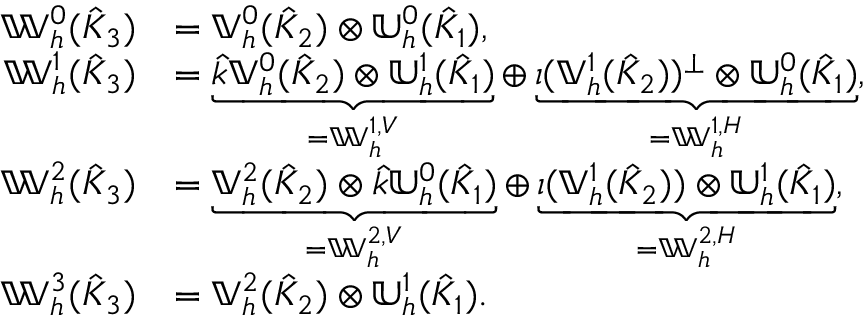
\begin{array} { r l } { \mathbb { W } _ { h } ^ { 0 } ( \hat { K } _ { 3 } ) } & { = \mathbb { V } _ { h } ^ { 0 } ( \hat { K } _ { 2 } ) \otimes \mathbb { U } _ { h } ^ { 0 } ( \hat { K } _ { 1 } ) , } \\ { \mathbb { W } _ { h } ^ { 1 } ( \hat { K } _ { 3 } ) } & { = \underbrace { \hat { k } \mathbb { V } _ { h } ^ { 0 } ( \hat { K } _ { 2 } ) \otimes \mathbb { U } _ { h } ^ { 1 } ( \hat { K } _ { 1 } ) } _ { = \mathbb { W } _ { h } ^ { 1 , V } } \oplus \underbrace { \iota ( \mathbb { V } _ { h } ^ { 1 } ( \hat { K } _ { 2 } ) ) ^ { \perp } \otimes \mathbb { U } _ { h } ^ { 0 } ( \hat { K } _ { 1 } ) } _ { = \mathbb { W } _ { h } ^ { 1 , H } } , } \\ { \mathbb { W } _ { h } ^ { 2 } ( \hat { K } _ { 3 } ) } & { = \underbrace { \mathbb { V } _ { h } ^ { 2 } ( \hat { K } _ { 2 } ) \otimes \hat { k } \mathbb { U } _ { h } ^ { 0 } ( \hat { K } _ { 1 } ) } _ { = \mathbb { W } _ { h } ^ { 2 , V } } \oplus \underbrace { \iota ( \mathbb { V } _ { h } ^ { 1 } ( \hat { K } _ { 2 } ) ) \otimes \mathbb { U } _ { h } ^ { 1 } ( \hat { K } _ { 1 } ) } _ { = \mathbb { W } _ { h } ^ { 2 , H } } , } \\ { \mathbb { W } _ { h } ^ { 3 } ( \hat { K } _ { 3 } ) } & { = \mathbb { V } _ { h } ^ { 2 } ( \hat { K } _ { 2 } ) \otimes \mathbb { U } _ { h } ^ { 1 } ( \hat { K } _ { 1 } ) . } \end{array}